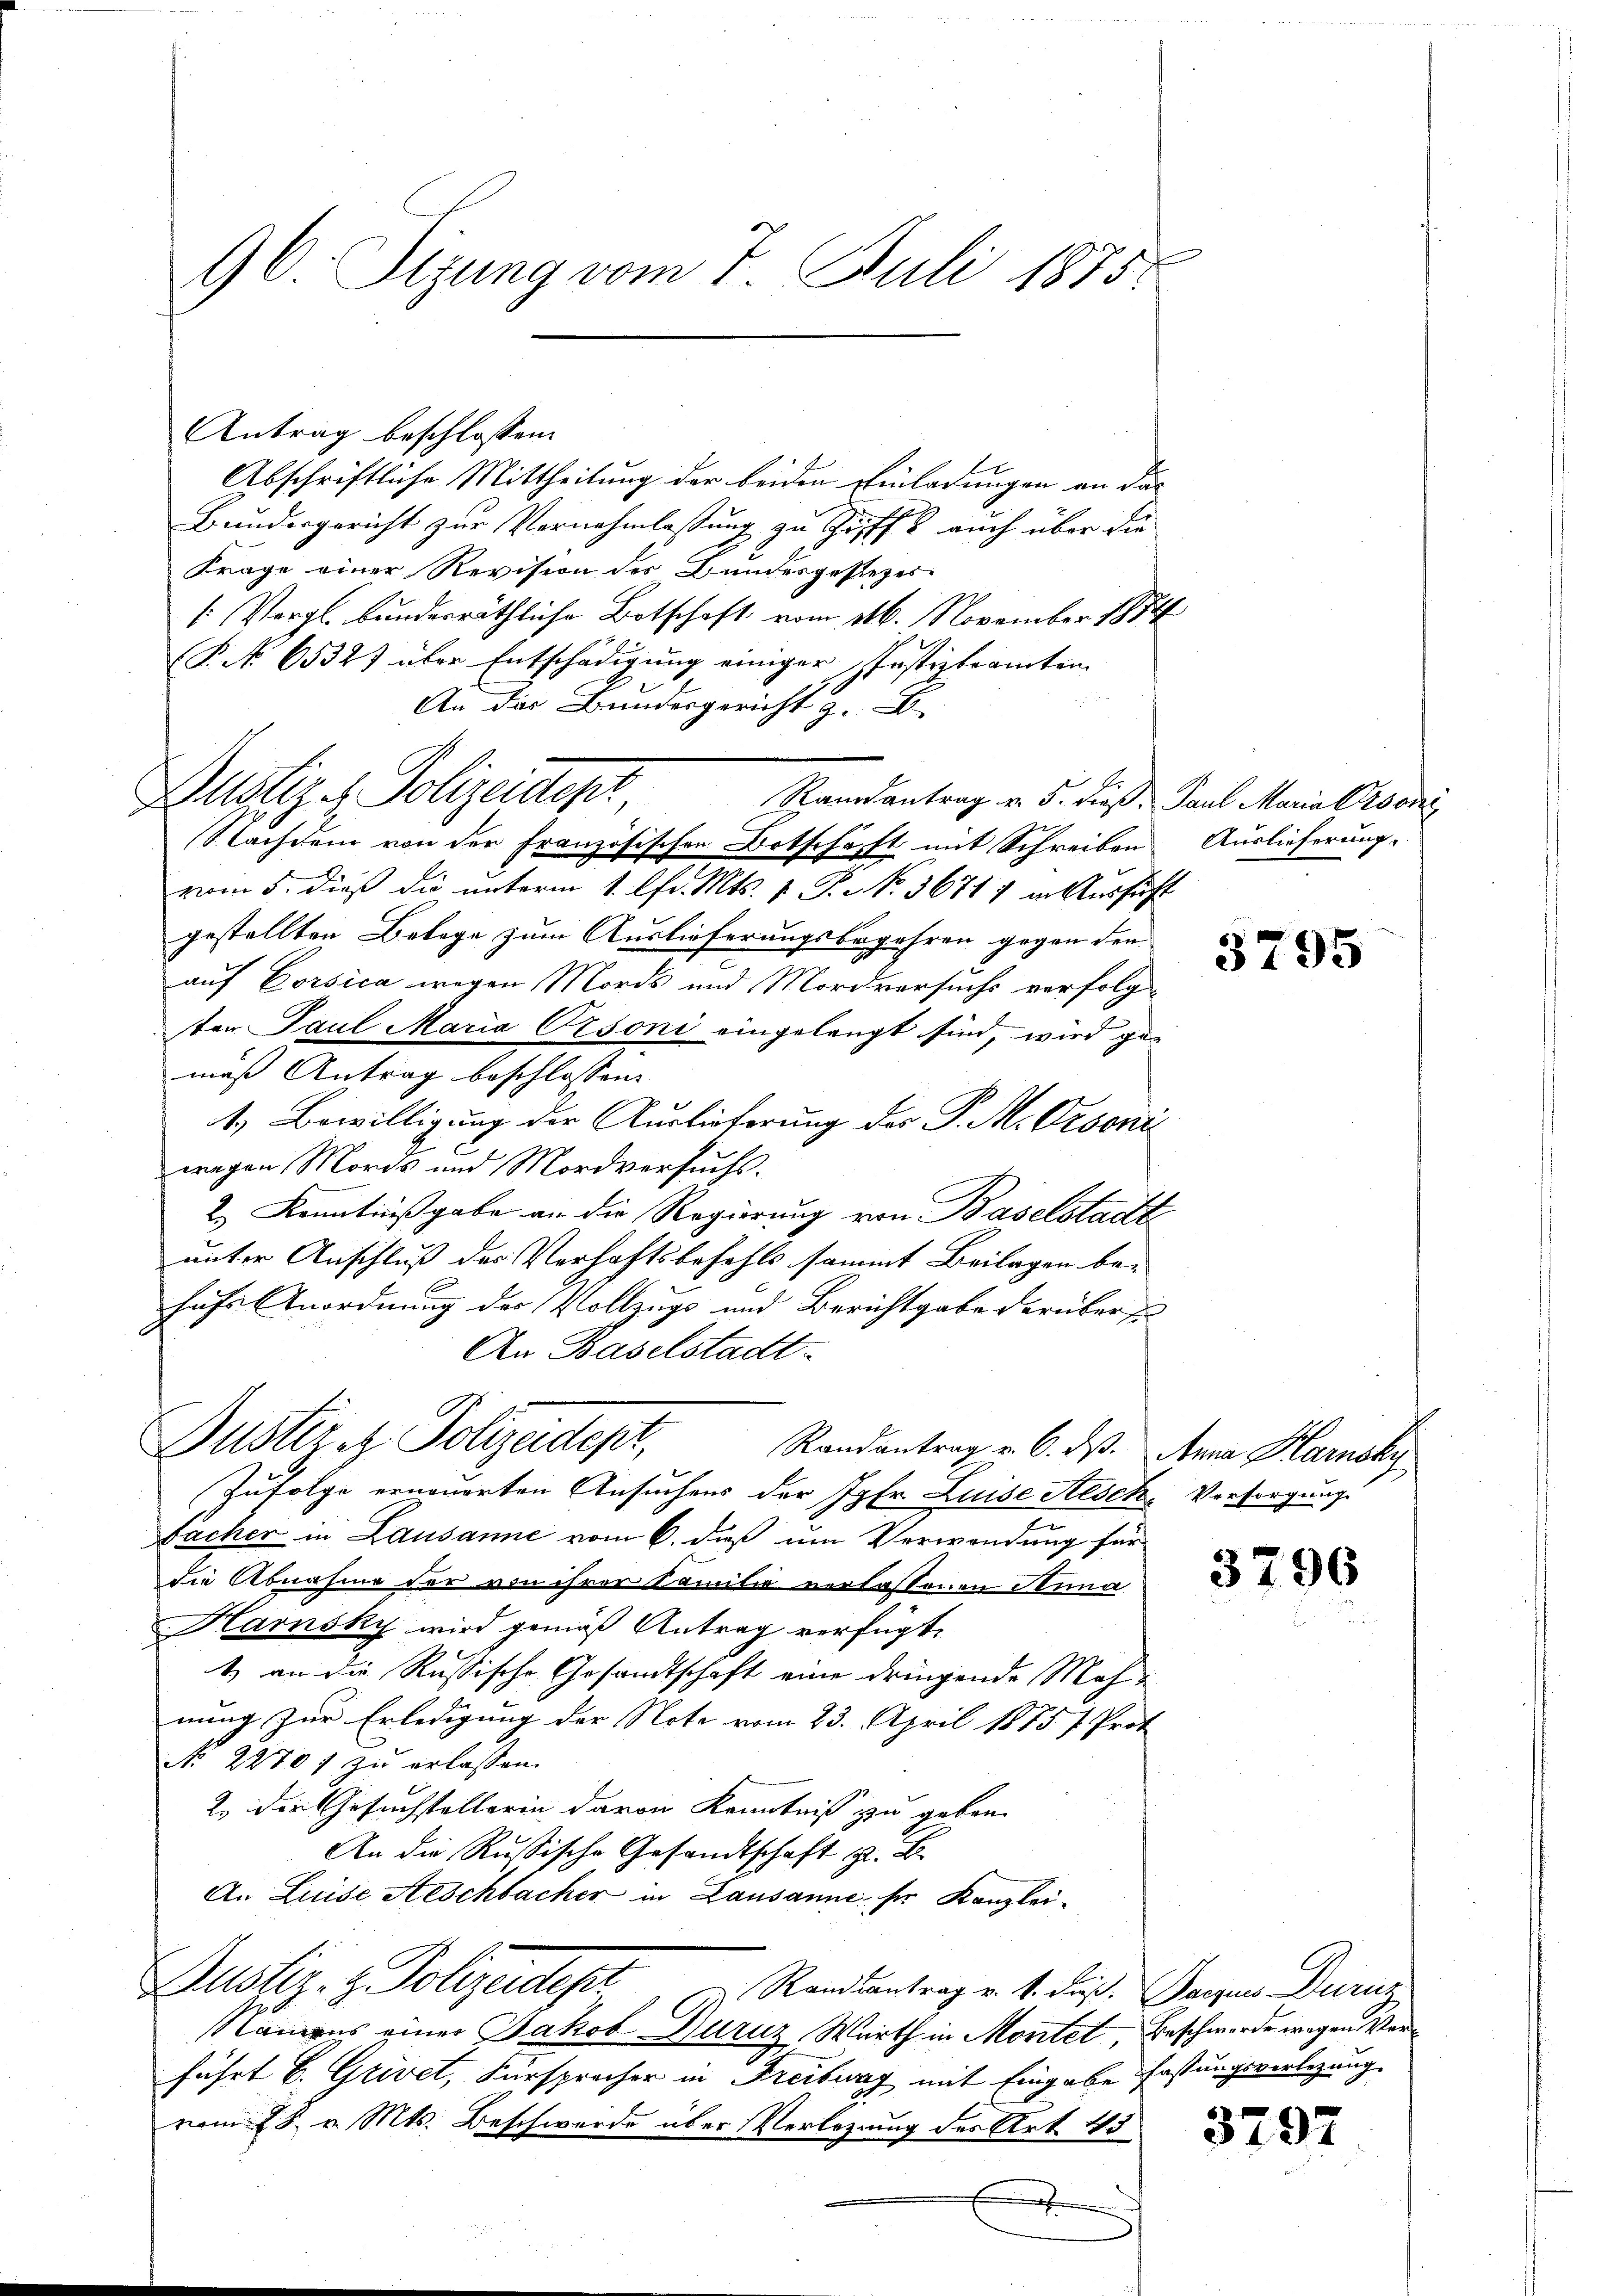
96. Sizung vom 7. Juli 1875.

Antrag beschlossen:
Abschriftliche Mittheilung der beiden Einladungen an das
Bundergericht zur Vernahmlassung zu Griff auch über die
Frage einer Revision des Bundesgestezes¬
[: Vergl. bunderräthliche Botschaft vom 116. November 1874
P. No 6532) über Entschädigung einiger Justizbeamten
An das Bundesgericht z.
Randantrag v. 5. dieß, Paul Maria Person
NNachdem von der Französischen Botschäft mit Schreiben Auslieferung.
vom 5. dieß die unterm 1. Chr. Mts. 1. P. No. 36717 in Aussicht
gestellten Belage zum Auslieferungsbegehren gegen den
auf Corsica wegen Mords und Mordversuchs verfolgten Paul Maria Orsoni eingelangt sind, wird ge-
maß Antrag beschlossen.
1.) Bewilligung der Auslieferung des P. M. Ordoni
wegen Mords und Mordversuchs.
2.) Kenntnißgabe an die Regierung von Baselstadt
unter Anschluß des Verhaftsbefehls sammt Beilagen behufs Anordnung der Vollzugs und Berichtgabe darüber s
An Baselstadt.
Justiret. Polizeidept,
Randantrag v. 6. ds. Anna Harnsky
Zufolge erneuerten Ansuchens der Jgfr. Luise Aesche Vorsorgung
Fächer in Lausanne vom 6. dieß um Verwendung für
die Abnahme der von ihrer Familie verlassenen Anna
Hamnsky wird gemäß Antrag verfügt,
1) an die Russische Gesandtschaft eine dringende Mahnung zur Erledigung der Note vom 23. April 1875 f. Prot
No 2270 f zu erlassen.
2. die Gesuchstellerin davon Kenntniß zu geben.
An die Russische Gesandtschaft z. B.
An Luise Aeschbacher in Lausanne, ser Kanzlei¬
Justiz- & Polizeidest Randantrag v. 4. Fuß. Gegen Dunz,
1 kamens einer Jakob Durnz Warth in Montet, Beschwerde wegen Verführt E. Grivet, Fürsprocher in Freiburg mit Eingabe fastungsverlegung.
vom 28. v. Mts. Beschwerde über Verlegung des Art. 43
E

Dustiz & Polizeident

3795

3796

3297